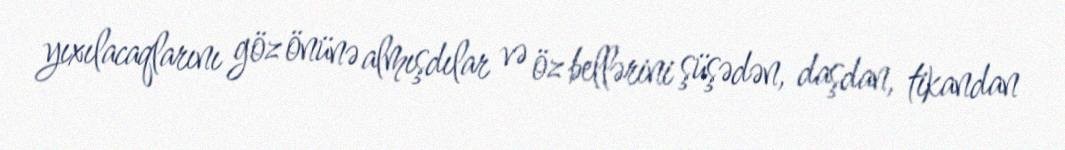
yıxılacaqlarını göz önünə almışdılar və öz bellərini şüşədən, daşdan, tikandan